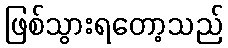
ဖြစ်သွားရတော့သည်